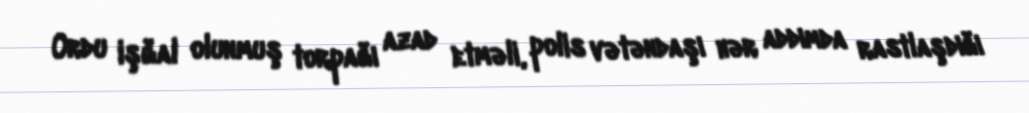
Ordu işğal olunmuş torpağı azad etməli, polis vətəndaşı hər addımda rastlaşdığı